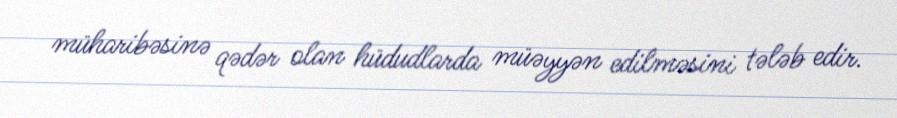
müharibəsinə qədər olan hüdudlarda müəyyən edilməsini tələb edir.